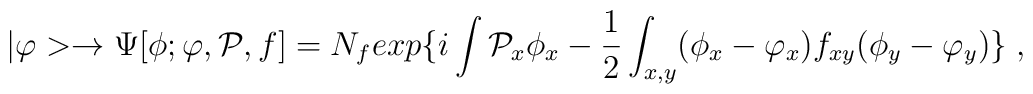
|\varphi> \to \Psi[\phi;\varphi,{\cal P},f]= N_f exp\{i\int {\cal P}_x\phi_x         -{\frac {1}{2}}\int_{x,y}(\phi_x - \varphi_x)f_{xy}         (\phi_y - \varphi_y)\} \;,